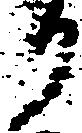
り